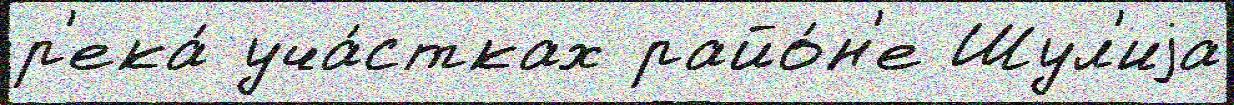
р'ека́ уча́стках райо́н'е Шул'иjа